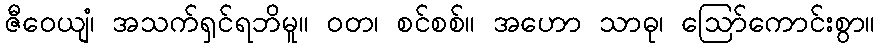
ဇီဝေယျံ၊ အသက်ရှင်ရဘိမူ။ ဝတ၊ စင်စစ်။ အဟော သာဓု၊ ဩော်ကောင်းစွာ။